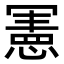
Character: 𭂅